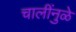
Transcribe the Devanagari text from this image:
चालींनुळे